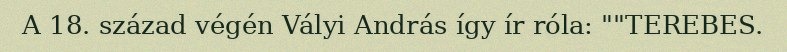
A 18. század végén Vályi András így ír róla: ""TEREBES.